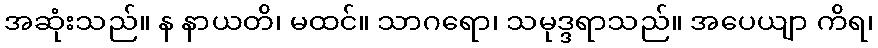
အဆုံးသည်။ န နာယတိ၊ မထင်။ သာဂရော၊ သမုဒ္ဒရာသည်။ အပေယျာ ကိရ၊